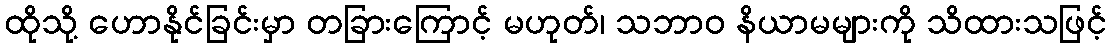
ထိုသို့ ဟောနိုင်ခြင်းမှာ တခြားကြောင့် မဟုတ်၊ သဘာဝ နိယာမများကို သိထားသဖြင့်